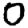
Digit: 0